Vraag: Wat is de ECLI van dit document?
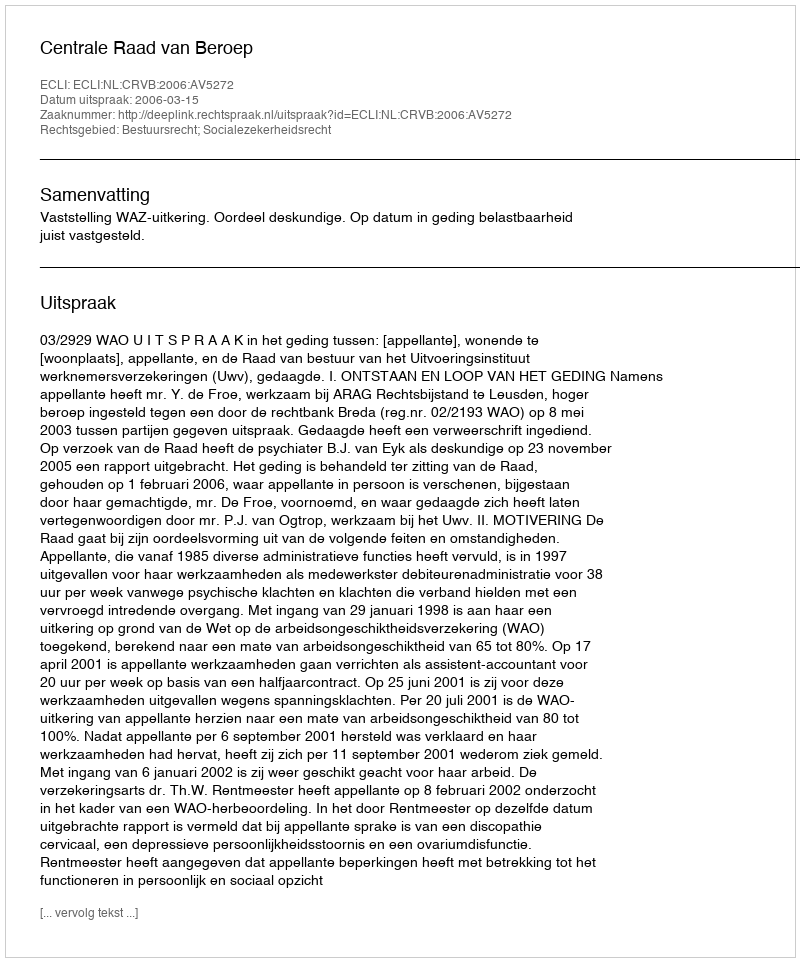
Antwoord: ECLI:NL:CRVB:2006:AV5272